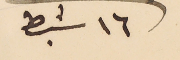
١٦ شباط